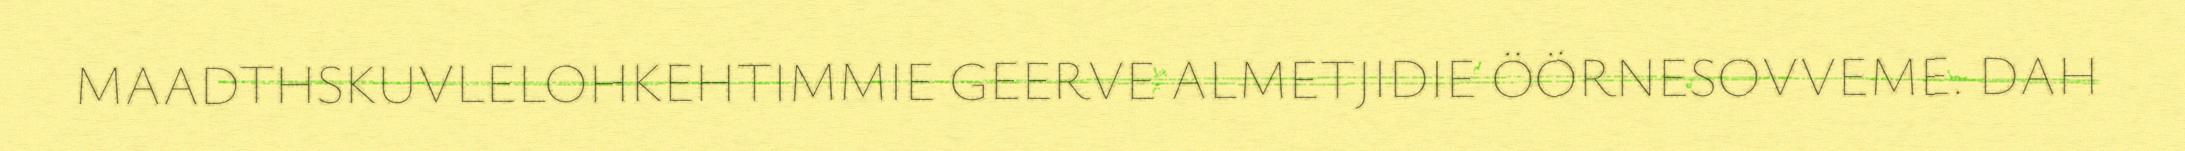
MAADTHSKUVLELOHKEHTIMMIE GEERVE ALMETJIDIE ÖÖRNESOVVEME. DAH